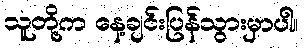
သူတို့က နေ့ချင်းပြန်သွားမှာပါ။